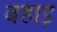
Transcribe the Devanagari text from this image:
बहाड़